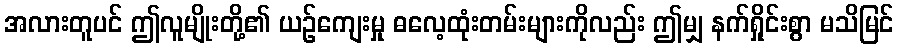
အလားတူပင် ဤလူမျိုးတို့၏ ယဉ်ကျေးမှု ဓလေ့ထုံးတမ်းများကိုလည်း ဤမျှ နက်ရှိုင်းစွာ မသိမြင်